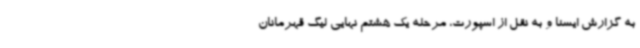
به گزارش ایسنا و به نقل از اسپورت، مرحله یک هشتم نهایی لیگ قهرمانان